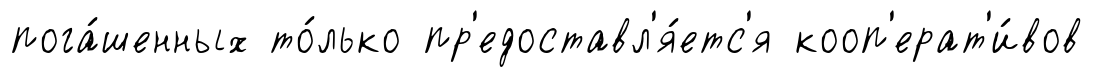
пога́шенных то́лько пр'едоставл'я́етс'я кооп'ерат'и́вов